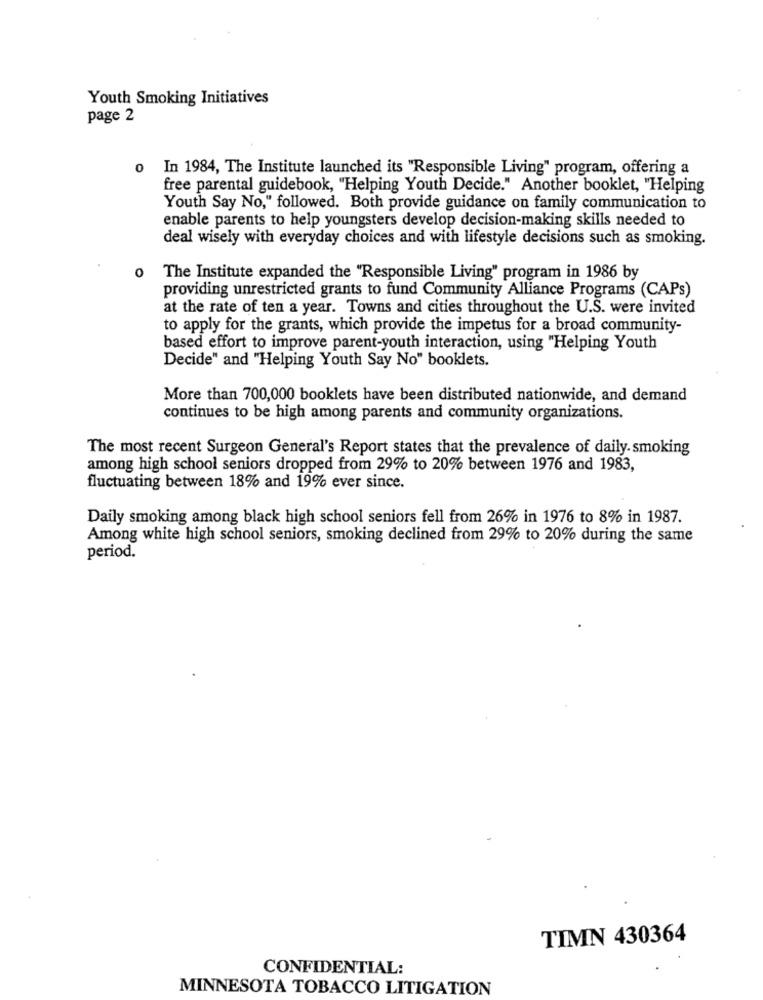
Youth Smoking Initiatives
page 2
0
In 1984, The Institute launched its "Responsible Living" program, offering a
free parental guidebook, "Helping Youth Decide." Another booklet, "Helping
Youth Say No," followed. Both provide guidance on family communication to
enable parents to help youngsters develop decision-making skills needed to
deal wisely with everyday choices and with lifestyle decisions such as smoking.
0
The Institute expanded the "Responsible Living" program in 1986 by
providing unrestricted grants to fund Community Alliance Programs (CAPs)
at the rate of ten a year. Towns and cities throughout the U.S. were invited
to apply for the grants, which provide the impetus for a broad community-
based effort to improve parent-youth interaction, using "Helping Youth
Decide" and "Helping Youth Say No" booklets.
More than 700,000 booklets have been distributed nationwide, and demand
continues to be high among parents and community organizations.
The most recent Surgeon General's Report states that the prevalence of daily. smoking
among high school seniors dropped from 29% to 20% between 1976 and 1983,
fluctuating between 18% and 19% ever since.
Daily smoking among black high school seniors fell from 26% in 1976 to 8% in 1987.
Among white high school seniors, smoking declined from 29% to 20% during the same
period.
TIMN 430364
CONFIDENTIAL:
MINNESOTA TOBACCO LITIGATION